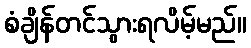
စံချိန်တင်သွားရလိမ့်မည်။